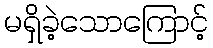
မရှိခဲ့သောကြောင့်